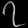
Digit: ၇